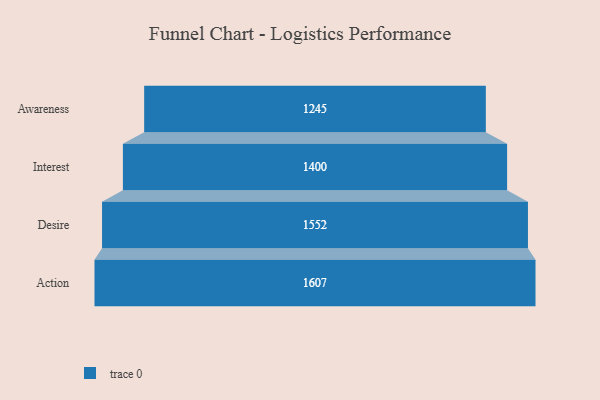
{"axis": {"x": "Stage", "y": "Value"}, "legend": [""], "data": [{"x": "Awareness", "y": 1245.0, "type": ""}, {"x": "Interest", "y": 1400.0, "type": ""}, {"x": "Desire", "y": 1552.0, "type": ""}, {"x": "Action", "y": 1607.0, "type": ""}]}